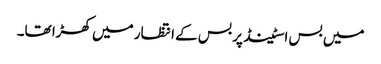
‎میں بس اسٹینڈ پر بس کے انتظار میں کھڑا تھا۔